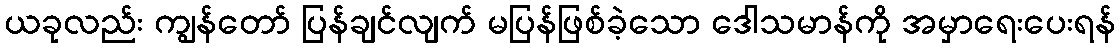
ယခုလည်း ကျွန်တော် ပြန်ချင်လျက် မပြန်ဖြစ်ခဲ့သော ဒေါသမာန်ကို အမှာရေးပေးရန်